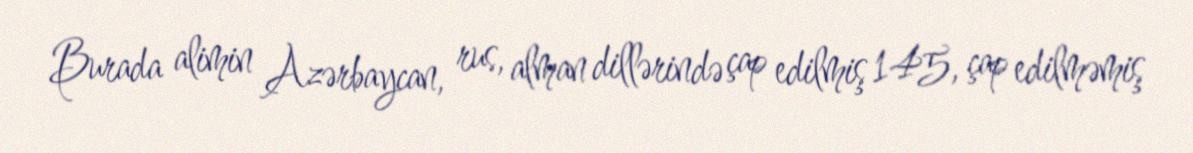
Burada alimin Azərbaycan, rus, alman dillərində çap edilmiş 145, çap edilməmiş